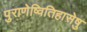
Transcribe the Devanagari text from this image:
पुराणेष्वितिहासेषु